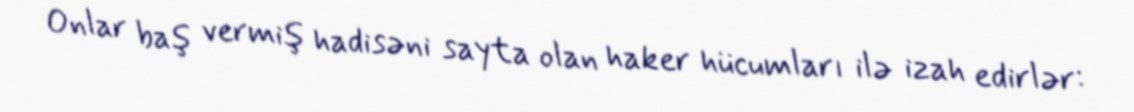
Onlar baş vermiş hadisəni sayta olan haker hücumları ilə izah edirlər: